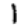
Digit: 1